Plague in India, 1896, 1897 - Volume 3
Year: 1896
Disease focus: Plague
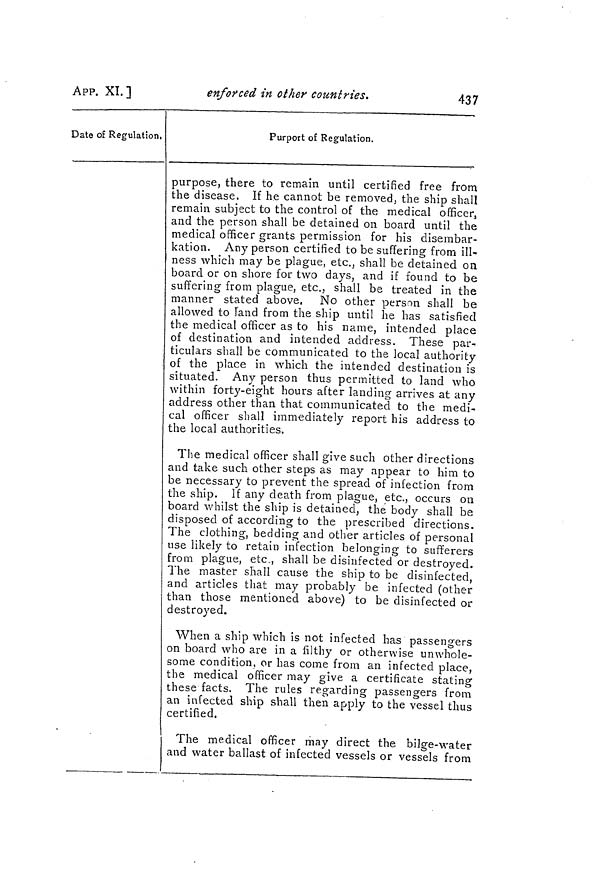
APP. XI. ]
enforced in other countries.
437
Date of Regulation,
Purport of Regulation.
purpose, there to remain until certified free from
the disease. If he cannot be removed, the ship shall
remain subject to the control of the medical officer.
and the person shall be detained on board until the
medical officer grants permission for his disembar-
kation. Any person certified to be suffering from ill-
ness which may be plague, etc., shall be detained on
board or on shore for two days, and if found to be
suffering from plague, etc., shall be treated in the
manner stated above, No other person shall be
allowed to land from the ship until he has satisfied
the medical officer as to his name, intended place
of destination and intended address. These par-
ticulars shall be communicated to the local authority
of the place in which the intended destination is
situated. Any person thus permitted to land who
within forty-eight hours after landing arrives at any
address other than that communicated to the medi-
cal officer shall immediately report his address to
the local authorities.
The medical officer shall give such other directions
and take such other steps as may appear to him to
be necessary to prevent the spread of infection from
the ship. If any death from plague, etc., occurs on
board whilst the ship is detained, the body shall be
disposed of according to the prescribed directions.
The clothing, bedding and other articles of personal
use likely to retain infection belonging to sufferers
from plague, etc., shall be disinfected or destroyed.
The master shall cause the ship to be disinfected,
and articles that may probably be infected (other
than those mentioned above) to be disinfected or
destroyed.
When a ship which is not infected has passengers
on board who are in a filthy or otherwise unwhole-
some condition, or has come from an infected place,
the medical officer may give a certificate stating
these facts. The rules regarding passengers from
an infected ship shall then apply to the vessel thus
certified.
The medical officer may direct the bilge-water
and water ballast of infected vessels or vessels from